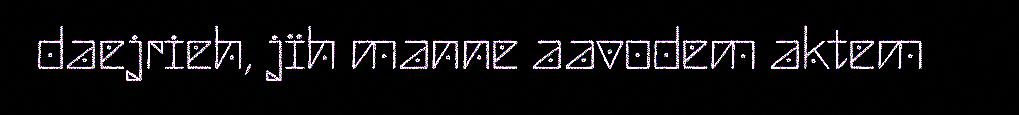
daejrieh, jïh manne aavodem aktem